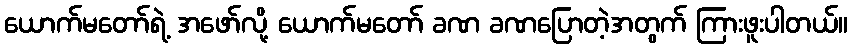
ယောက်မတော်ရဲ့ အဖော်လို့ ယောက်မတော် ခဏ ခဏပြောတဲ့အတွက် ကြားဖူးပါတယ်။